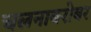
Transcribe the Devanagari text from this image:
चलनाबरोबर